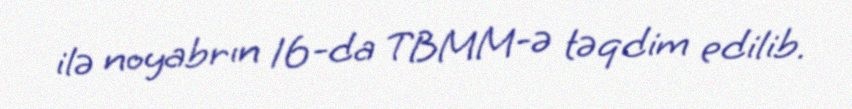
ilə noyabrın 16-da TBMM-ə təqdim edilib.